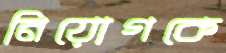
নিয়োগকে